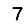
Digit: 7